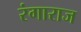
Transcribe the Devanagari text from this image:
रंगाराज